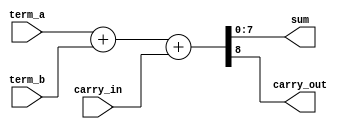
////////////////////////////////////////////////////////////////////////
//	Jul 28 2018
//	full adder
// 	by VAL
////////////////////////////////////////////////////////////////////////

module adder(
	term_a,
	term_b,
	sum,
	carry_in,
    carry_out
	);
	
	parameter N = 8;
	
	input		[N-1:0]		term_a;
	input		[N-1:0]		term_b;
    input                   carry_in;
	output reg	[N-1:0]		sum;
	output reg				carry_out;
	
	always @ *
	begin
		{carry_out, sum} = term_a + term_b + carry_in;
	end
	
endmodule